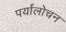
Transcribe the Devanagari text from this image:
पर्यांलोचन